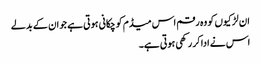
ان لڑکیوں کو وہ رقم اس میڈم کو چکانی ہوتی ہے جو ان کے بدلے
اس نے ادا کر رکھی ہوتی ہے۔